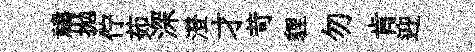
禱拋佇茹深澄才苛貍勿肯迎